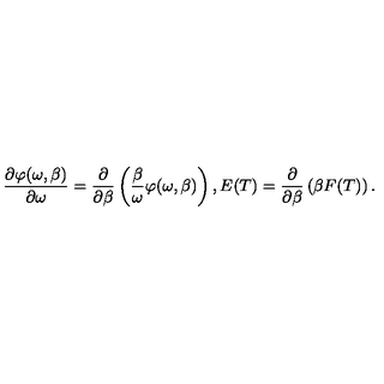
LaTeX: \frac { \partial \varphi ( \omega , \beta ) } { \partial \omega } = \frac { \partial } { \partial \beta } \left( \frac { \beta } { \omega } \varphi ( \omega , \beta ) \right) , E ( T ) = \frac { \partial } { \partial \beta } \left( \beta F ( T ) \right) .